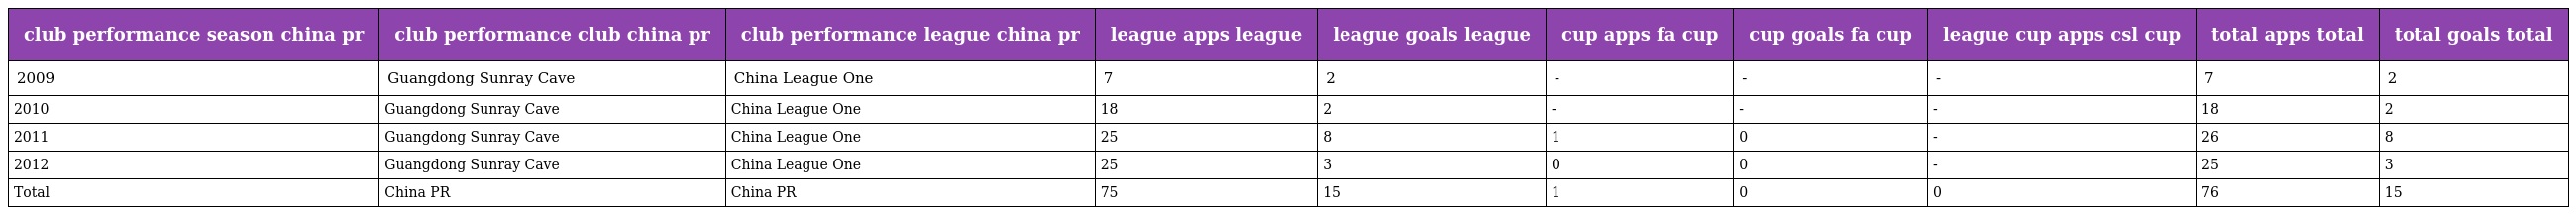
| club performance season china pr | club performance club china pr | club performance league china pr | league apps league | league goals league | cup apps fa cup | cup goals fa cup | league cup apps csl cup | total apps total | total goals total |
 | --- | --- | --- | --- | --- | --- | --- | --- | --- | --- |
 | 2009 | Guangdong Sunray Cave | China League One | 7 | 2 | - | - | - | 7 | 2 |
 | 2010 | Guangdong Sunray Cave | China League One | 18 | 2 | - | - | - | 18 | 2 |
 | 2011 | Guangdong Sunray Cave | China League One | 25 | 8 | 1 | 0 | - | 26 | 8 |
 | 2012 | Guangdong Sunray Cave | China League One | 25 | 3 | 0 | 0 | - | 25 | 3 |
 | Total | China PR | China PR | 75 | 15 | 1 | 0 | 0 | 76 | 15 |